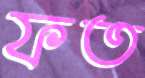
ফত